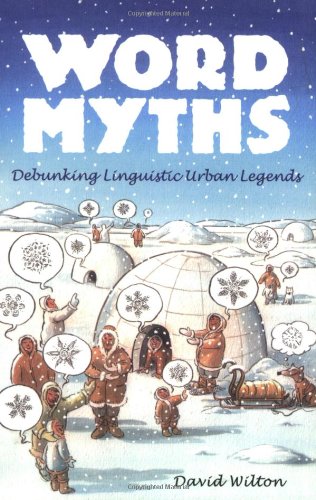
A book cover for Word Myths: Debunking Linguistic Urban Legends; David Wilton; Humor & Entertainment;